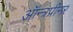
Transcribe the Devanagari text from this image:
ऑन्त्रप्रीनर